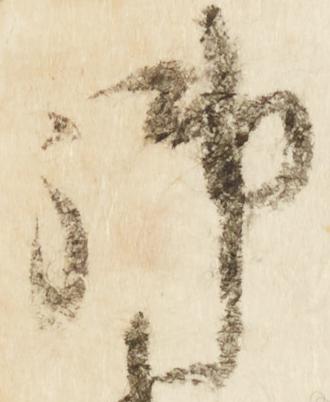
御